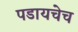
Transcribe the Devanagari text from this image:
पडायचेच